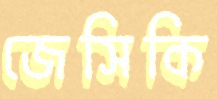
জেসিকি